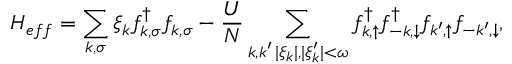
H _ { e f f } = \sum _ { k , \sigma } \xi _ { k } f _ { k , \sigma } ^ { \dag } f _ { k , \sigma } - \frac { U } { N } \sum _ { \substack { k , k ^ { \prime } \, | \xi _ { k } | , | \xi _ { k } ^ { \prime } | < \omega } } f _ { k , \uparrow } ^ { \dag } f _ { - k , \downarrow } ^ { \dag } f _ { k ^ { \prime } , \uparrow } f _ { - k ^ { \prime } , \downarrow } ,